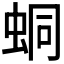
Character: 𧊚